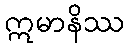
ဣမာနိဿ